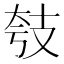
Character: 𱡗